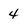
Character: 4